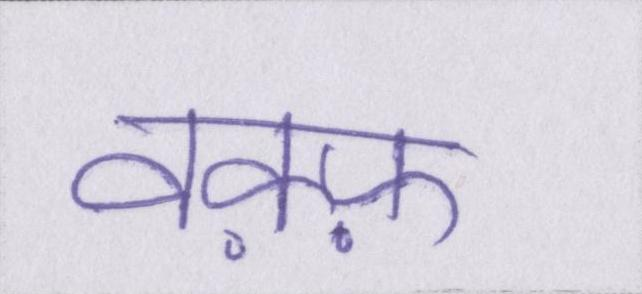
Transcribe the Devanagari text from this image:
वक़्फ़